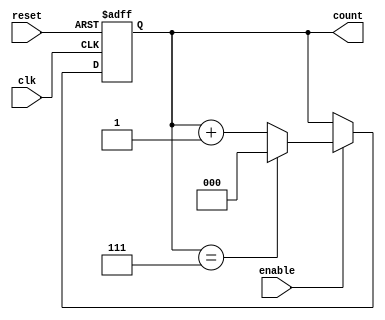
module binary_up_counter (
    input wire clk,          // Clock signal
    input wire reset,        // Asynchronous reset signal
    input wire enable,       // Enable signal
    output reg [N-1:0] count // N-bit output count
);
    parameter N = 3; // Define the number of bits for the counter (3 bits for max count of 7)

    // Always block triggered on the rising edge of the clock or when reset is activated
    always @(posedge clk or posedge reset) begin
        if (reset) begin
            count <= 0; // Reset the counter to zero
        end else if (enable) begin
            if (count == (2**N - 1)) begin
                count <= 0; // Wrap around to zero after reaching max value
            end else begin
                count <= count + 1; // Increment the counter
            end
        end
    end
endmodule